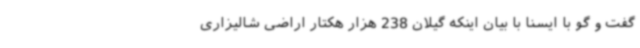
گفت و گو با ایسنا با بیان اینکه گیلان 238 هزار هکتار اراضی شالیزاری